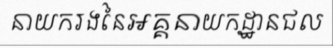
នាយករងនៃអគ្គនាយកដ្ឋានជល